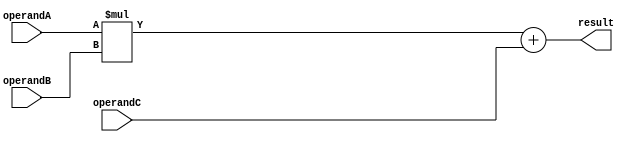
module fused_multiply_add(
    input wire [31:0] operandA,
    input wire [31:0] operandB,
    input wire [31:0] operandC,
    output reg [31:0] result
);

reg [31:0] mul_result;

always @(*)
begin
    mul_result = operandA * operandB;
    result = mul_result + operandC;
end

endmodule